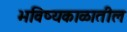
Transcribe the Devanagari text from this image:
भविष्यकाळातील